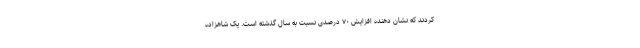
کردند که نشان دهنده افزایش ۷۰ درصدی نسبت به سال گذشته است. یک شاهزاده